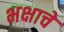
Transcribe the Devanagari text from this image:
भक्षाचे